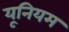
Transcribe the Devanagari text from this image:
यूनियम